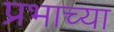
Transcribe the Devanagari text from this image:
प्रभाच्या